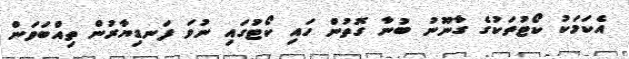
އެކަމަކު ކޯޓުތަކުގެ ގާނޫނު ބުނާ ގޮތުން ހައި ކޯޓުގައި ނުވަ ފަނޑިޔާރުން ތިއްބަވަން